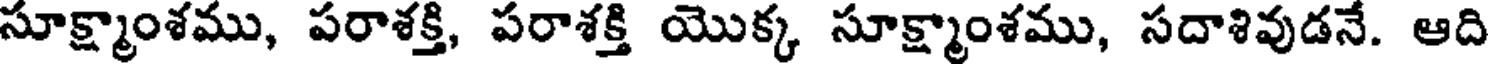
సూక్ష్మాంశము, పరాశక్తి, పరాశక్తి యొక్క సూక్ష్మాంశము, సదాశివుడనే. ఆది